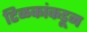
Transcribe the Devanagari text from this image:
टिळकांकडून